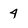
Character: 4